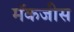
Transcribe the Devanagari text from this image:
मॅकजीस